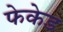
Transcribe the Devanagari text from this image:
फेकेड